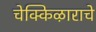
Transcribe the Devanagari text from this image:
चेक्किऴाराचे